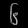
Digit: ၆